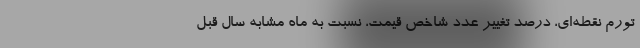
تورم نقطه‌ای، درصد تغییر عدد شاخص قیمت، نسبت به ماه مشابه سال قبل